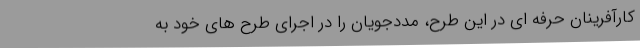
کارآفرینان حرفه ای در این طرح، مددجویان را در اجرای طرح های خود به